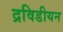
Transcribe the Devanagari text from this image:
द्रविडीयन